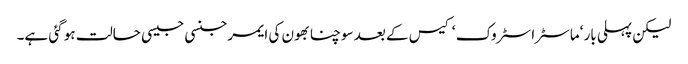
لیکن پہلی بار ‘ماسٹراسٹروک ‘ کیس کے بعد سوچنا بھون کی ایمرجنسی جیسی حالت ہو گئی ہے۔